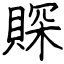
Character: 賝